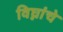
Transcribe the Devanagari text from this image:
विघ्नांचे